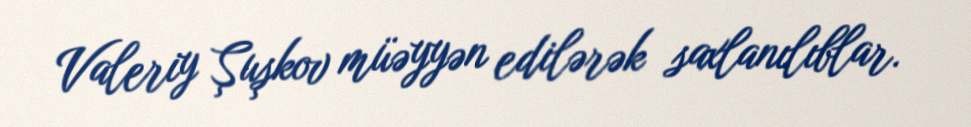
Valeriy Şuşkov müəyyən edilərək saxlanılıblar.